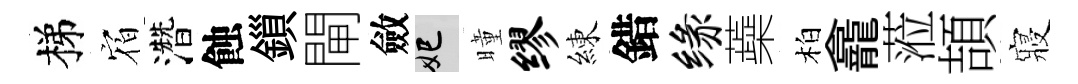
梯𪧐濳蝕鎻閘斂妃曈缪練錯缘蘃柏龕蒞頡寢